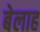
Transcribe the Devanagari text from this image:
बेलाह